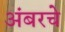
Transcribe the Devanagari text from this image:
अंबरचे